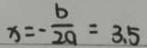
x = - \frac { b } { 2 a } = 3 . 5